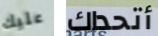
عليك أتحداك